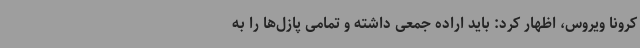
کرونا ویروس، اظهار کرد: باید اراده جمعی داشته و تمامی پازل‌ها را به